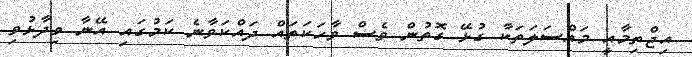
އިޖްތިމާއީ މައްސަލަތަކާ ގުޅޭ ގޮތުން ވެސް ވާހަކަތައް ދައްކަވާނެ ކަމުގައި އޭނާ ވިދާޅުވި